Annual administration report of the Civil Veterinary Department of India - 1892-1893
Year: 1892
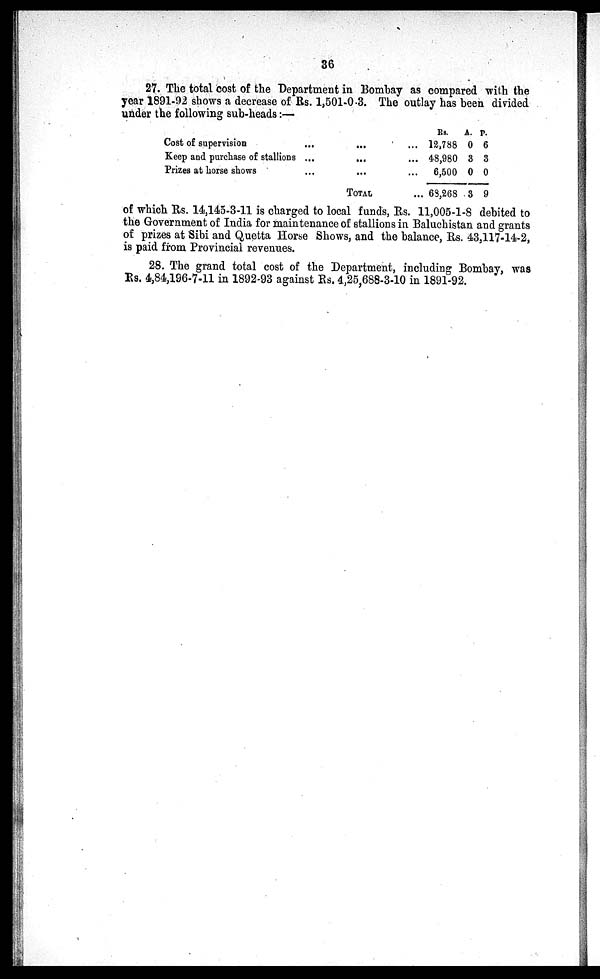
36
27. The total cost of the Department in Bombay as compared with the
year 1891-92 shows a decrease of Rs. 1,501-0.3. The outlay has been divided
under the following sub-heads:—
Cost of supervision
Keep and purchase of stallions
Prizes at horse shows
TOTAL
...
Rs.
12,788
48,980
6,500
68,268
A.
0
3
0
3
P.
6
3
0
9
of which Rs. 14,145-3-11 is charged to local funds, Rs. 11,005-1-8 debited to
the Government of India for maintenance of stallions in Baluchistan and grants
of prizes at Sibi and Quetta Horse Shows, and the balance, Rs. 43,117-14-2,
is paid from Provincial revenues.
28. The grand total cost of the Department, including Bombay, was
Rs. 4,84,196-7-11 in 1892-93 against Rs. 4,25,688-3-10 in 1891-92.